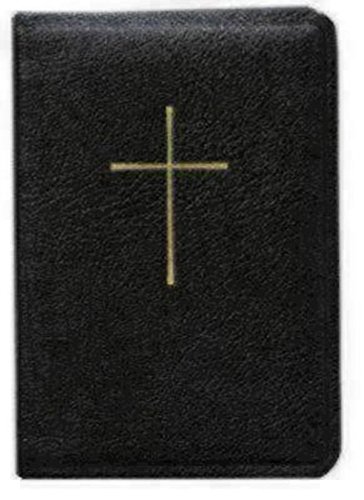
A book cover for Prayer Book/Hymnal Combination - Black; Church Publishing; Christian Books & Bibles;